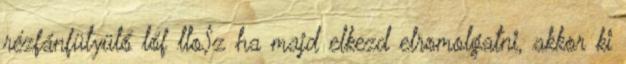
rézfánfütyülő lóf llo$z ha majd elkezd elromolgatni, akkor ki